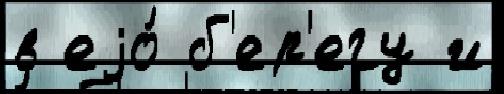
в еjо́ б'ер'егу и